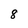
Character: 8